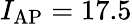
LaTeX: I_{\mathrm{AP}}=17.5